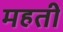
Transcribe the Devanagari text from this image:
महतीं